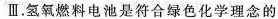
Ⅲ. 氢氧燃料电池是符合绿色化学理念的